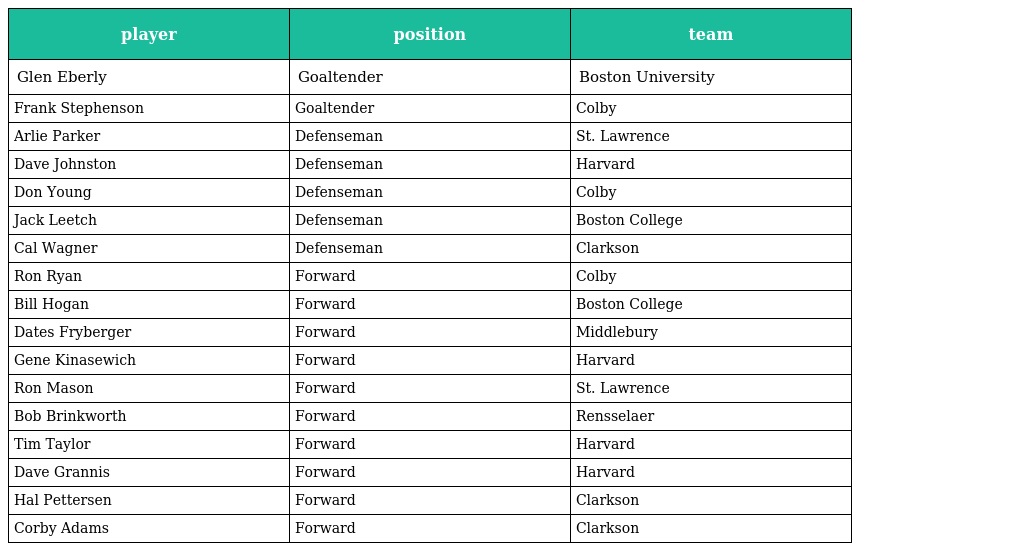
| player | position | team |
 | --- | --- | --- |
 | Glen Eberly | Goaltender | Boston University |
 | Frank Stephenson | Goaltender | Colby |
 | Arlie Parker | Defenseman | St. Lawrence |
 | Dave Johnston | Defenseman | Harvard |
 | Don Young | Defenseman | Colby |
 | Jack Leetch | Defenseman | Boston College |
 | Cal Wagner | Defenseman | Clarkson |
 | Ron Ryan | Forward | Colby |
 | Bill Hogan | Forward | Boston College |
 | Dates Fryberger | Forward | Middlebury |
 | Gene Kinasewich | Forward | Harvard |
 | Ron Mason | Forward | St. Lawrence |
 | Bob Brinkworth | Forward | Rensselaer |
 | Tim Taylor | Forward | Harvard |
 | Dave Grannis | Forward | Harvard |
 | Hal Pettersen | Forward | Clarkson |
 | Corby Adams | Forward | Clarkson |